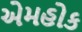
એમહોક